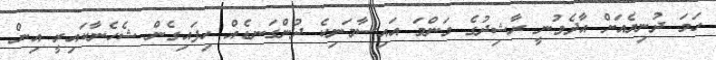
ހަމަ ދުނިޔެއަށް އާދެވުނީ ރާޝިދުގެ މަންމަ އައިސާމަނިކެ ދުންގަނޑެއް ހިފައިގެން ޝެހެނާކައިރީ އިން